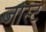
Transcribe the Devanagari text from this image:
जोस्ट